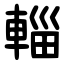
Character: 輜